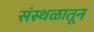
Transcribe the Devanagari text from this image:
संस्थळातून